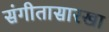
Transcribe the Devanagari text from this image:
संगीतासारखा